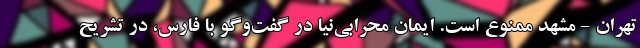
تهران - مشهد ممنوع است. ایمان محرابی‌نیا در گفت‌وگو با فارس، در تشریح